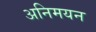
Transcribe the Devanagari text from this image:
अनिमयन